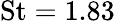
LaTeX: \textrm{St}=1.83